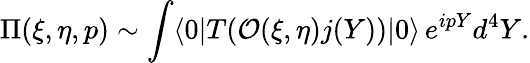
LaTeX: \Pi(\xi,\eta,p)\sim\int\langle 0|T({\cal O}(\xi,\eta)j(Y))|0\rangle\, e^{ipY}d^{4}Y.